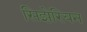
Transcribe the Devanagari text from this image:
सिझेरियन